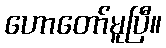
ဟောတော်မူပြီ။